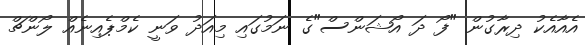
އެއާއެކު ދިރާގުން "ފޯ ދަ އޯޝަންސް"ގެ ނަމުގައި މިއަދު ވަނީ ކެމްޕެއިނެއް ލޯންޗް